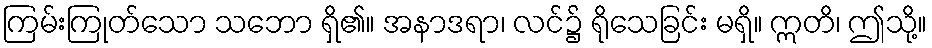
ကြမ်းကြုတ်သော သဘော ရှိ၏။ အနာဒရာ၊ လင်၌ ရိုသေခြင်း မရှိ။ ဣတိ၊ ဤသို့။